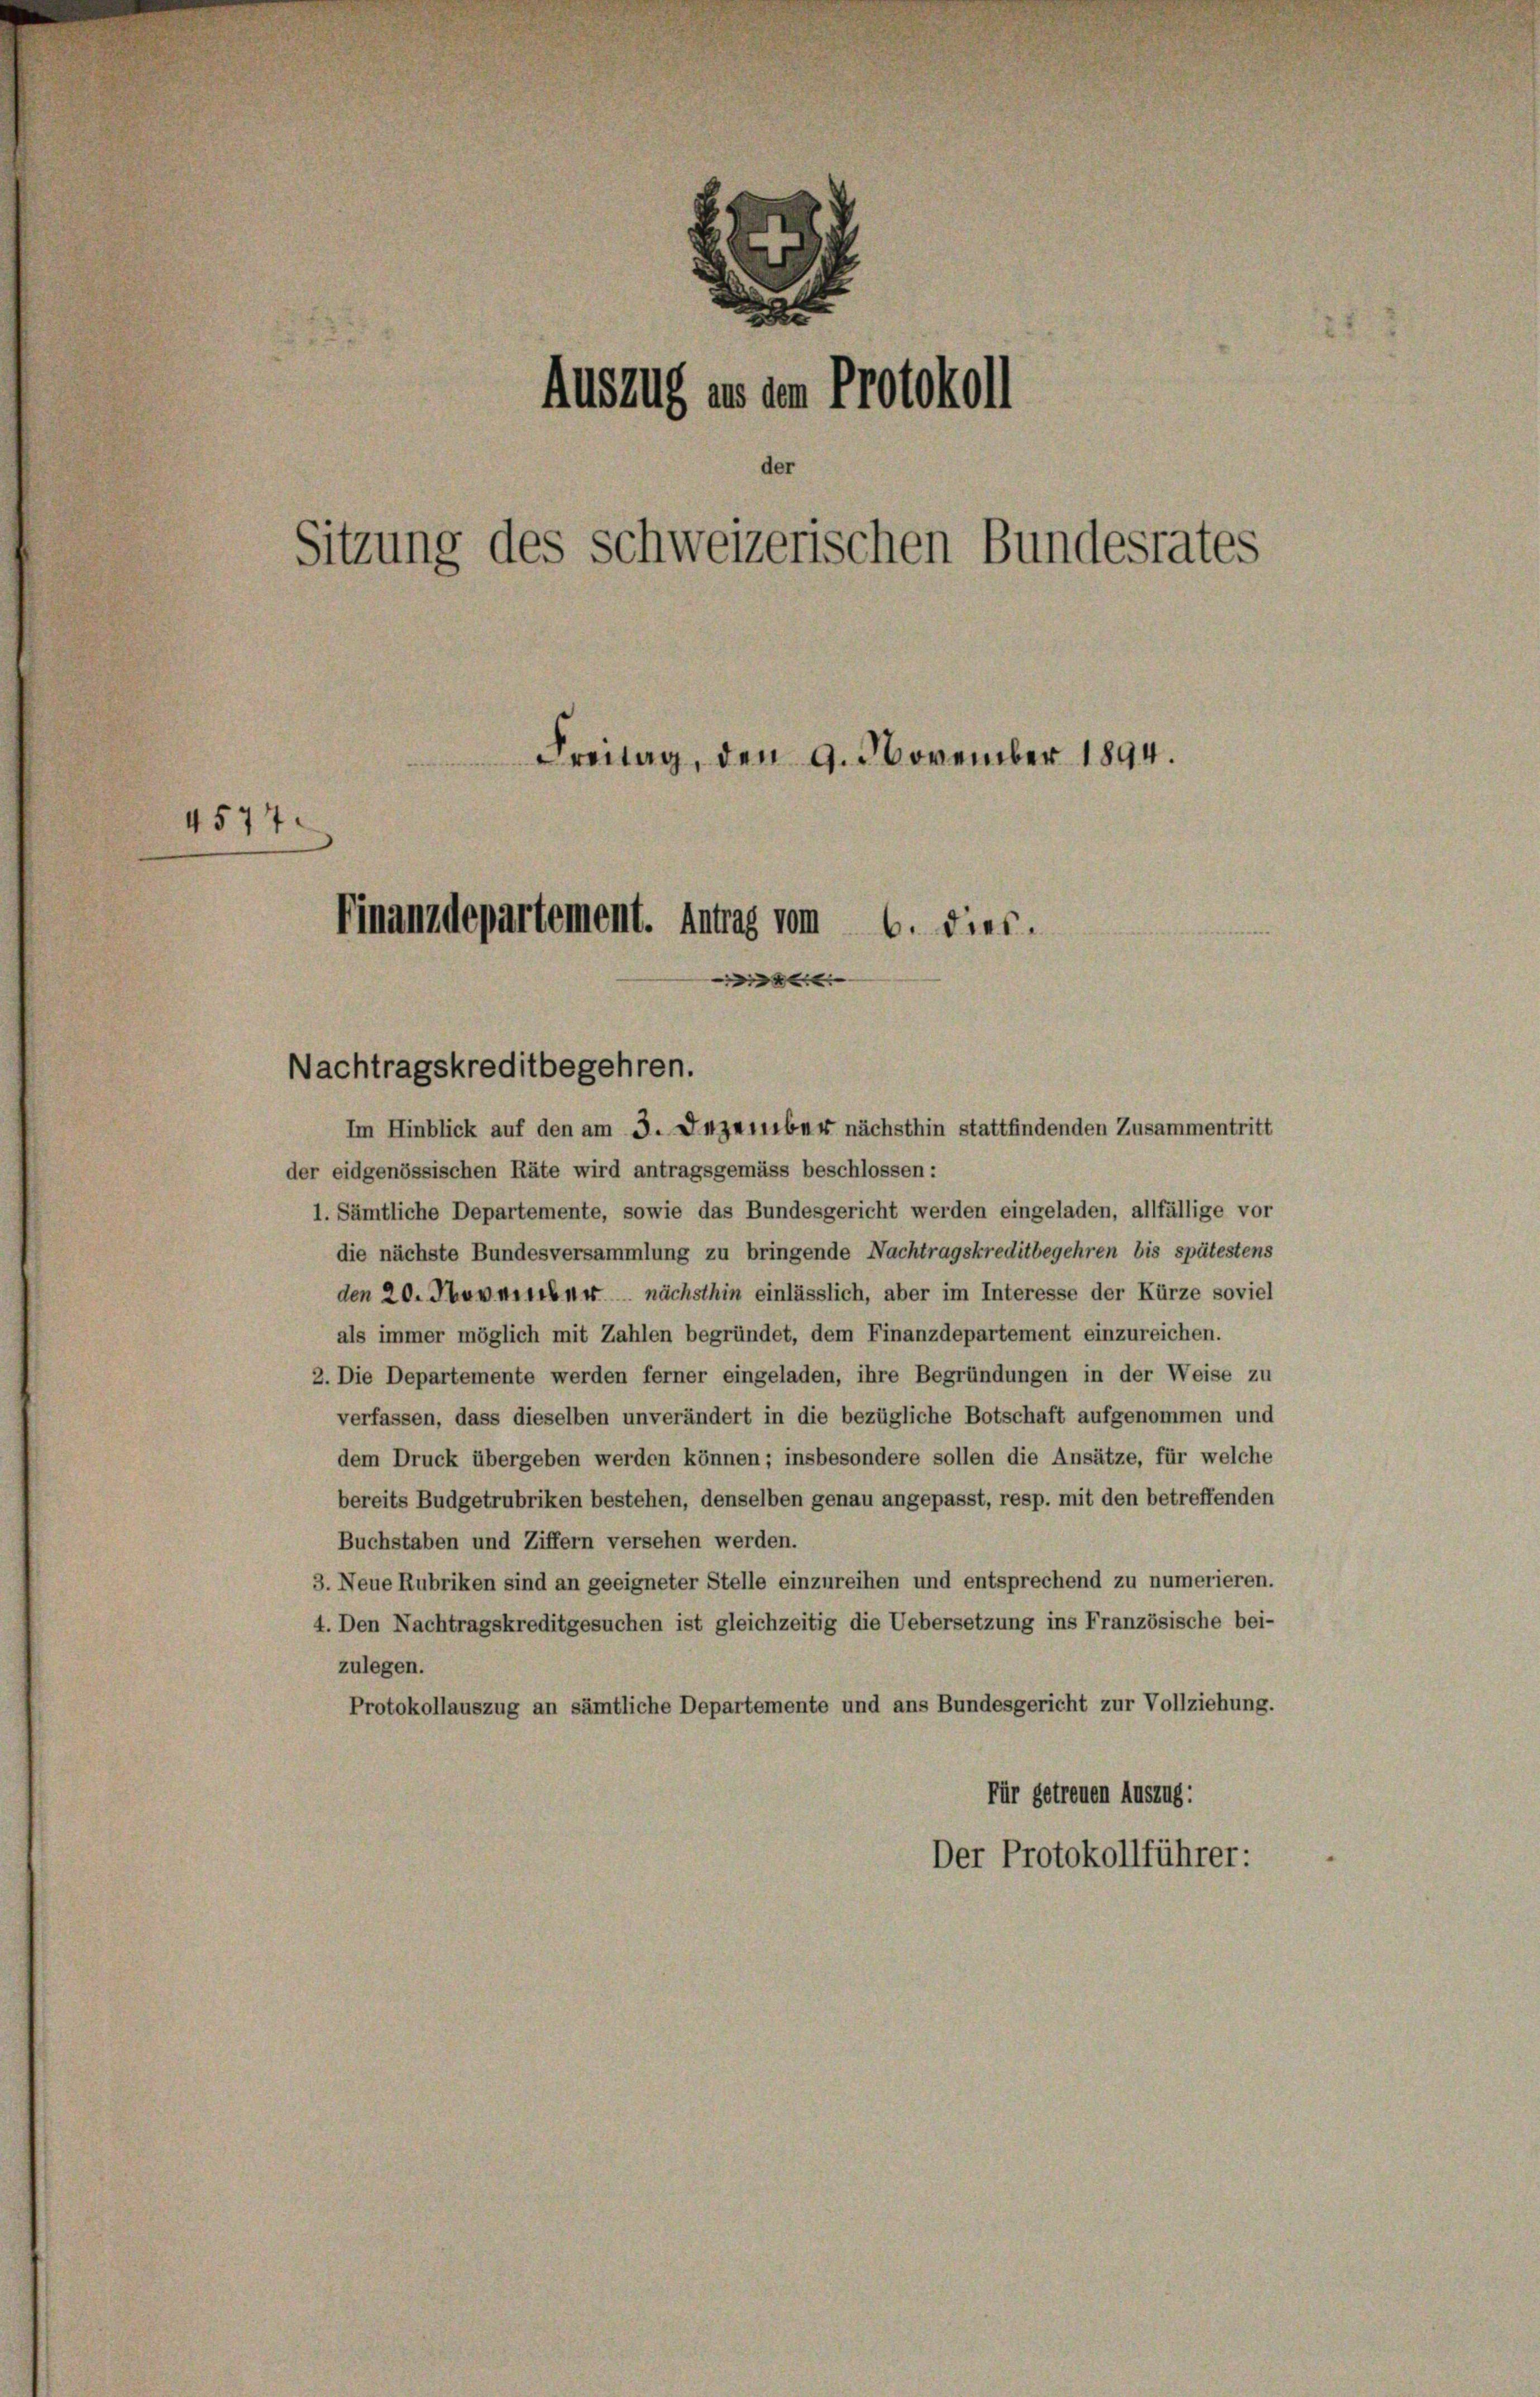
3
Auszug an dem Protokoll
Sitzung des schweizerischen Bundesrates
Freitag, den 9. November 1894.
4577.
Finanzdepartement. Antrag vom 6. dies

Nachtragskreditbegehren.
Im Hinblick auf den am 3. Dezember nächsthin stattfindenden Zusammentritt
der eidgenössischen Räte wird antragsgemäss beschlossen:
1. Sämtliche Departemente, sowie das Bundesgericht werden eingeladen, allfällige vor
die nächste Bundesversammlung zu bringende Nachtragskreditbegehren bis spätestens
den 20. Termier nächsthin einlässlich, aber im Interesse der Kürze soviel
als immer möglich mit Zahlen begründet, dem Finanzdepartement einzureichen.
2. Die Departemente werden ferner eingeladen, ihre Begründungen in der Weise zu
verfassen, dass dieselben unverändert in die bezügliche Botschaft aufgenommen und
dem Druck übergeben werden können; insbesondere sollen die Ansätze, für welche
bereits Budgetrubriken bestehen, denselben genau angepasst, resp. mit den betreffenden
Buchstaben und Ziffern versehen werden.
3. Neue Rubriken sind an geeigneter Stelle einzureihen und entsprechend zu numerieren.
4. Den Nachtragskreditgesuchen ist gleichzeitig die Uebersetzung ins Französische bei-
zulegen.
Protokollauszug an sämtliche Departemente und ans Bundesgericht zur Vollziehung.
Für getreuen Auszug:
Der Protokollführer:

e